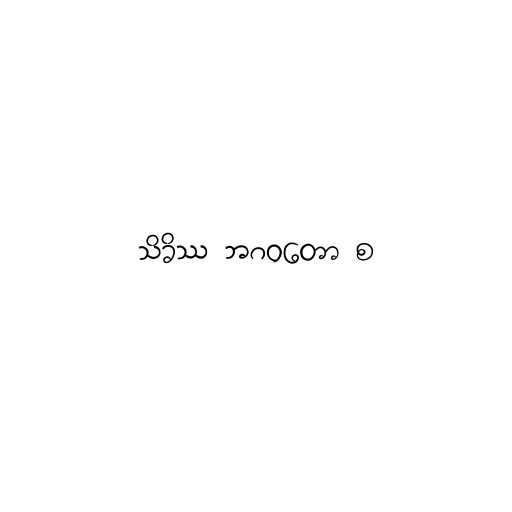
သိခိဿ ဘဂဝတော စ